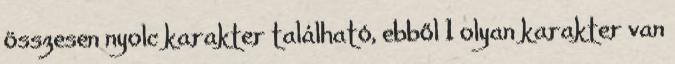
összesen nyolc karakter található, ebből 1 olyan karakter van